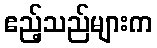
ဧည့်သည်များက